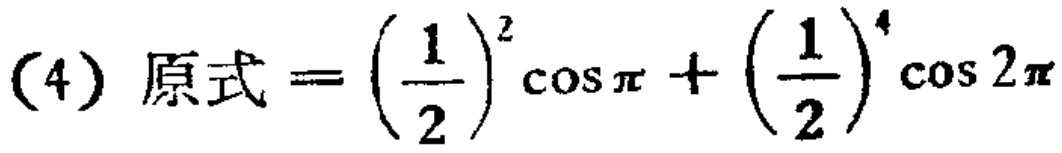
(4) 原式\(=\left(\frac{1}{2}\right)^{2}\cos \pi+\left(\frac{1}{2}\right)^{4}\cos 2\pi\)